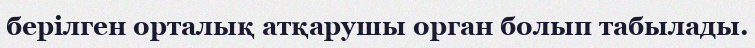
берілген орталық атқарушы орган болып табылады.